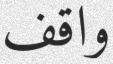
واقف